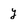
Character: y